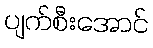
ပျက်စီးအောင်